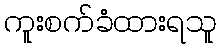
ကူးစက်ခံထားရသူ